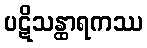
ပဋိသန္ထာရကဿ